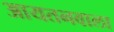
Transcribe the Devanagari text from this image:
आयतनवाला